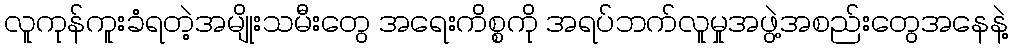
လူကုန်ကူးခံရတဲ့အမျိုးသမီးတွေ အရေးကိစ္စကို အရပ်ဘက်လူမှုအဖွဲ့အစည်းတွေအနေနဲ့